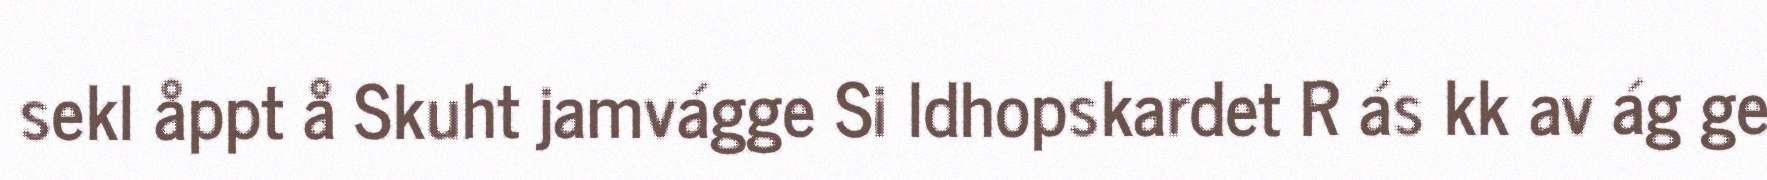
sekl åppt å Skuht jamvágge Si ldhopskardet R ás kk av ág ge